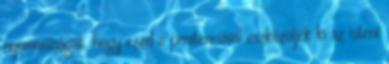
nyomorúságát, hogy ezzel a penitenciával eszközöljék ki az isteni